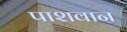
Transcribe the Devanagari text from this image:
पाशवान